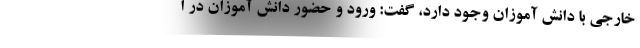
خارجی با دانش آموزان وجود دارد، گفت: ورود و حضور دانش آموزان در ا